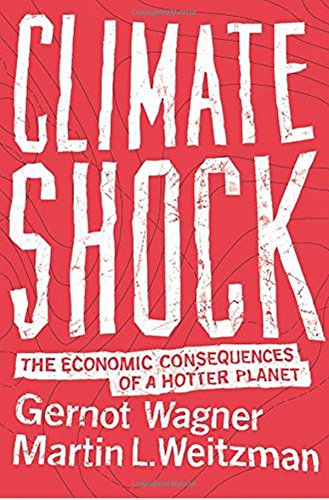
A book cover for Climate Shock: The Economic Consequences of a Hotter Planet; Gernot Wagner; Science & Math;